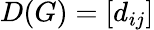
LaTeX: D(G)=[d_{ij}]